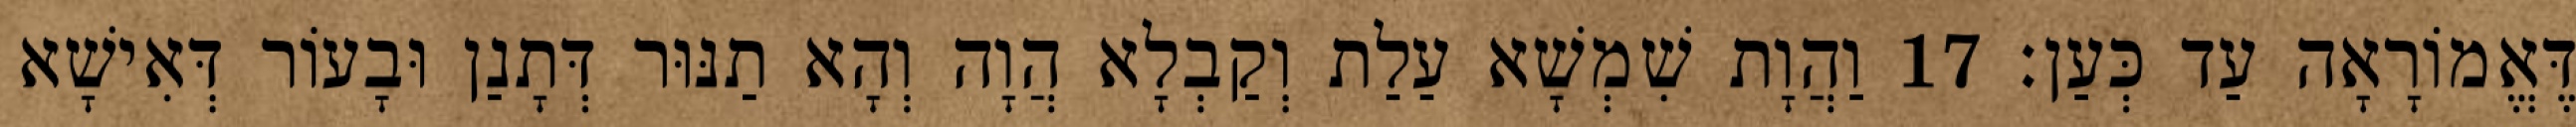
דֶּאֱמוֹרָאָה עַד כְּעַן׃ 17 וַהֲוָת שִׁמְשָׁא עַלַת וְקַבְלָא הֲוָה וְהָא תַנּוּר דְּתָנַן וּבָעוֹר דְּאִישָׁא